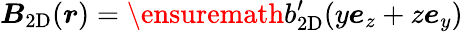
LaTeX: \boldsymbol{\mathit{B}}_{\mathrm{{2D}}}(\boldsymbol{r})=\ensuremath{{b_{\mathrm{{2D}}}^{\prime}}}(y\boldsymbol{e}_{z}+z\boldsymbol{e}_{y})